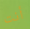
أنت